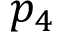
p _ { 4 }